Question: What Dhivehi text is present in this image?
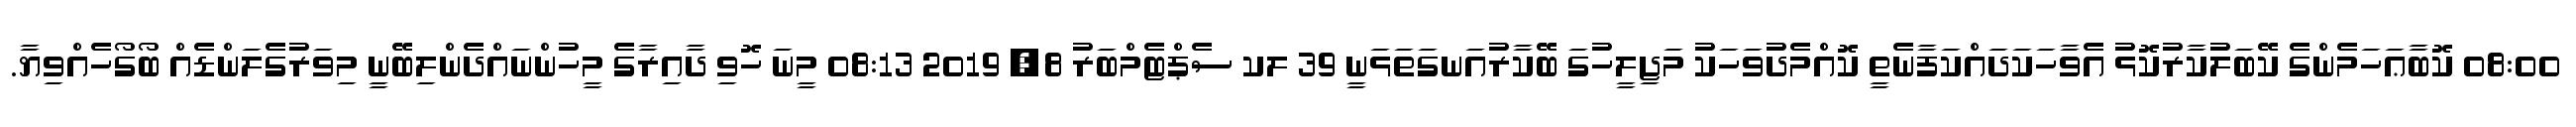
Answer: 08:00 ކޮބާޢަހަމެންގެ ކޭބަލުކާރުކޮޅު އެވާހަކަދައްކަފާނެތީ ކޮއްމެދުވަހަކު މަޖިލީހުގަ ބޭކާރުއަނގަތަޅަނީ 39 ލކ ސެޕްޓެމްބަރު 8, 2019 08:13 މީނަ ހޮވި ދާއިރާގެ މީހުންނައްދެންލިބޭނީ މިވަރުގެލަންޑެއް ބޯގޯހެއްވިޔާ.